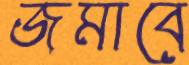
জমাবে